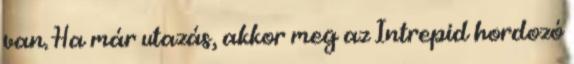
van. Ha már utazás, akkor meg az Intrepid hordozó